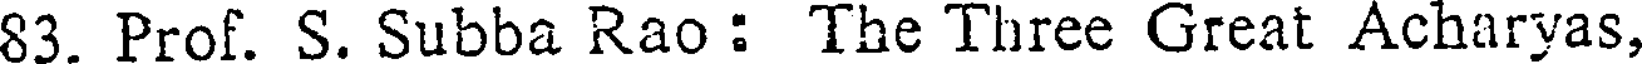
83. Prof. S. Subba Rao : The Three Great Acharyas,